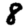
Digit: 8